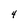
Character: 4